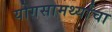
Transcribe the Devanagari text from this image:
योगसामर्थ्यांचा